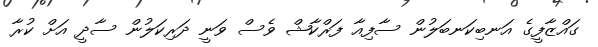
ގައްޒާފީގެ އަނބިކަނބަލުން ސާފިއާ ފަރްކާޝް ވެސް ވަނީ ދަރިކަލުން ސާދީ އަށް ކުރާ